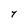
Character: Y